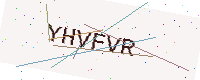
Text: YHVFVR